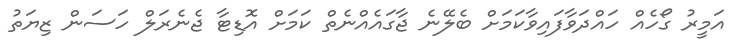
އަމީރު ގޯހެއް ހައްދަވާފައިވާކަމަށް ބެލޭނެ ޖާގައެއްނެތް ކަމަށް އޮޑިޓާ ޖެނެރަލް ހަސަން ޒިޔަތު